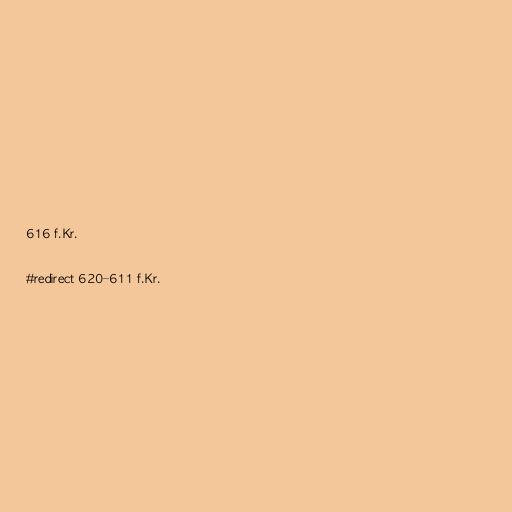
616 f.Kr.

#redirect 620–611 f.Kr.